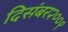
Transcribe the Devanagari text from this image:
दिसंबर२००९